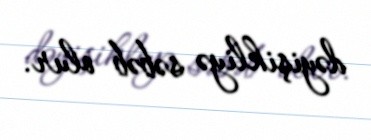
dəyişikliyə səbəb olur.